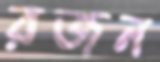
রজন